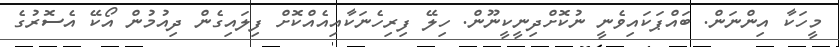
މީހަކާ އިންނަން. ބައްޕަކައިވެނީ ނުކޮށްދިނީކީނޫން. ހިލޭ ފިރިހެނަކާއިއެއްކޮށް ފިލައިގެން ދިއުމުން އޯކޭ އެސޮރުގެ